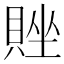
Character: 𬥗